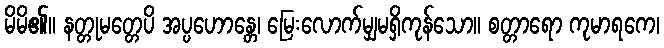
မိမိ၏။ နတ္တုမတ္တေပိ အပ္ပဟောန္တေ၊ မြေးလောက်မျှမရှိကုန်သော။ စတ္တာရော ကုမာရကေ၊